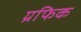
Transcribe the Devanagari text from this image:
ग्रफिक